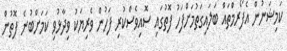
ކަމިޝަނުން އެފޯރމްތައް ބަލައިގަތުމަށްފަހު ފޮތުގައި ސޮއިވެސްކުރި ފަހުން ވެރިޔަކު ވިދާޅުވި ކަމަށްބުނެ ފޮތުން